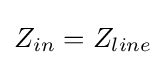
Z_{in}=Z_{line}